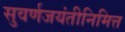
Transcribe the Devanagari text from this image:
सुवर्णजयंतीनिमित्त